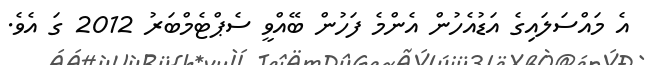
އެ މައްސަލައިގެ އަޑުއެހުން އެންމެ ފަހުން ބޭއްވީ ސެޕްޓެމްބަރު 2012 ގަ އެވެ.